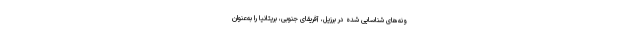
ونه‌های شناسایی شده در برزیل، آفریقای جنوبی، بریتانیا را به‌عنوان